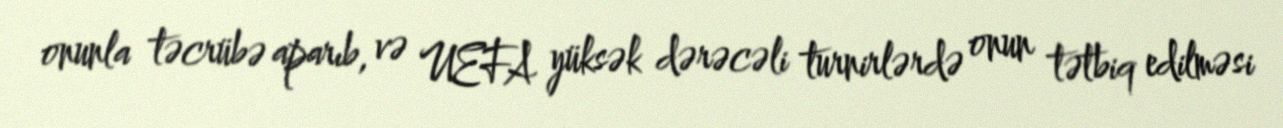
onunla təcrübə aparıb, və UEFA yüksək dərəcəli turnirlərdə onun tətbiq edilməsi